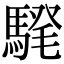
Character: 𩤗